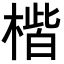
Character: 𪳠